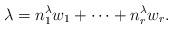
LaTeX: \begin{align*}\lambda=n_1^\lambda w_1+\cdots+n_r^\lambda w_r. \end{align*}